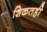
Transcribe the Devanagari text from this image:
शिकतही